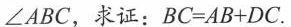
∠ABC，求证：$$B C = A B + D C$$。